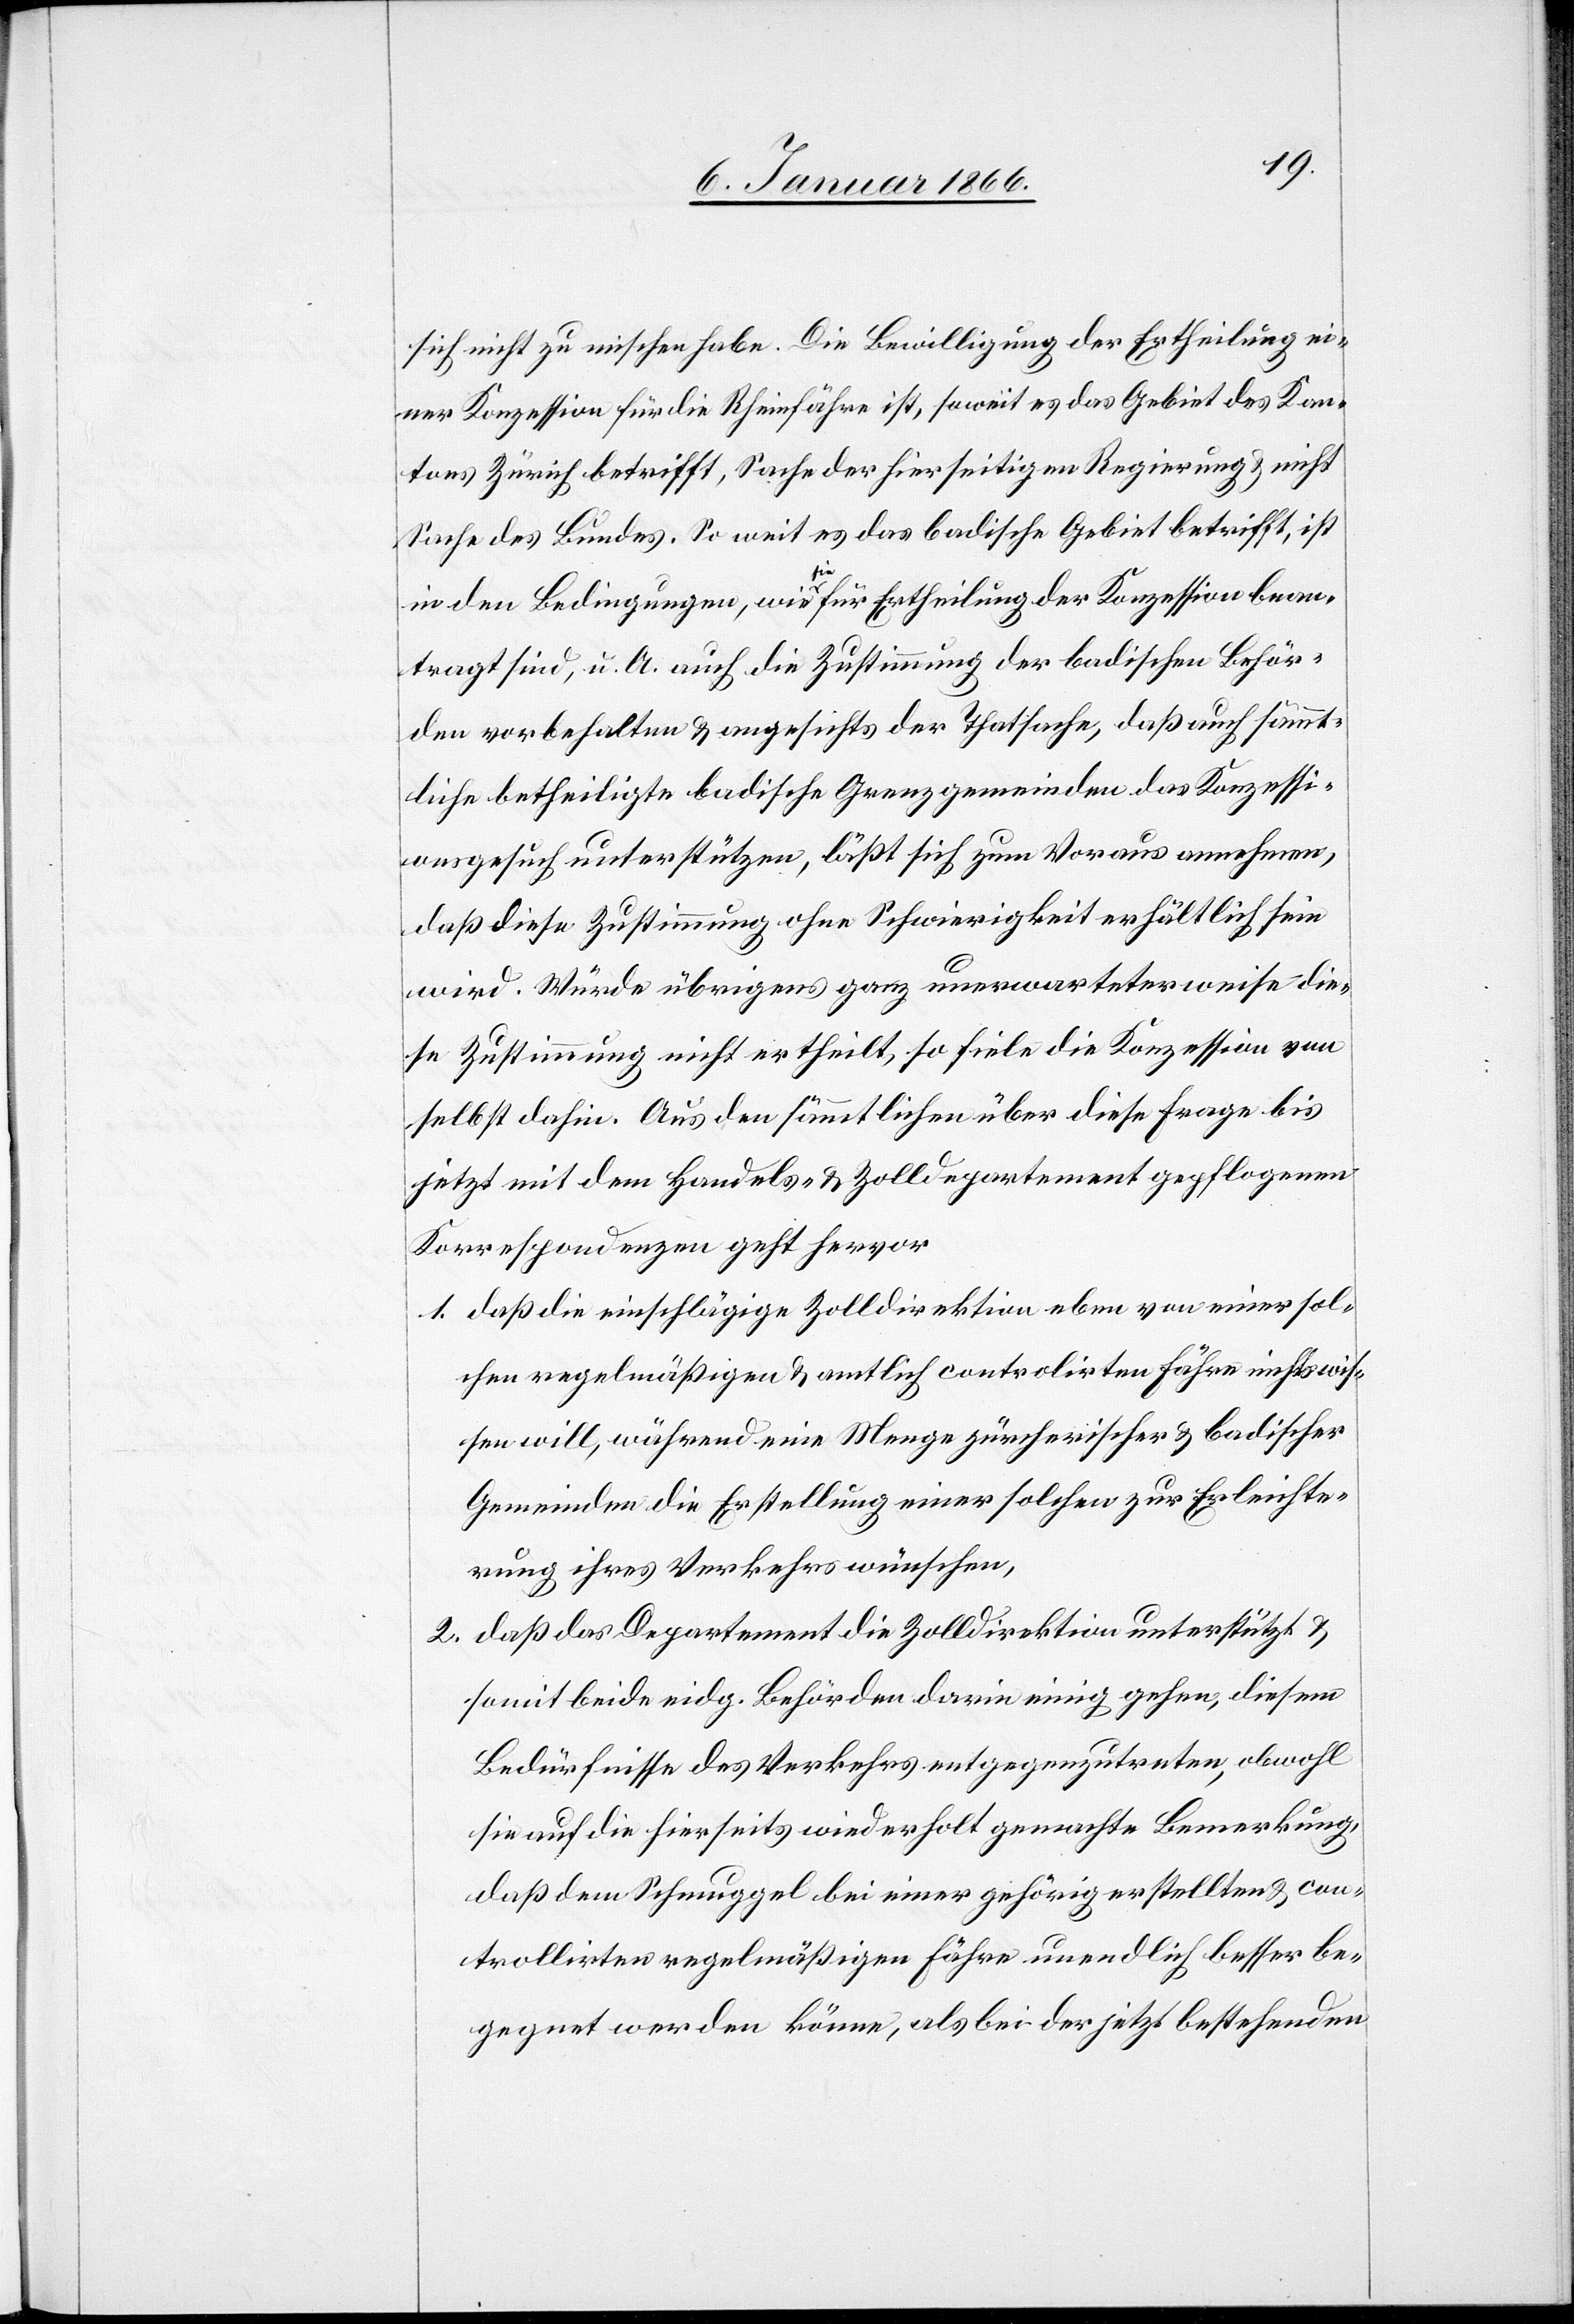
sich nicht zu mischen habe. Die Bewilligung der Ertheilung ei¬
ner Konzession für die Rheinfähre ist, soweit es das Gebiet des Kan¬
tons Zürich betrifft, Sache der hierseitigen Regierung u. nicht
Sache des Bundes. So weit es das badische Gebiet betrifft, ist
in den Bedingungen, wie sie für Ertheilung der Konzession bean¬
tragt sind, u. A. auch die Zustimmung der badischen Behör¬
den vorbehalten u. angesichts der Thatsache, daß auch sämmt¬
liche betheiligte badische Grenzgemeinden das Konzessi¬
onsgesuch unterstützen, läßt sich zum Voraus annehmen,
daß diese Zustimmung ohne Schwierigkeit erhältlich sein
wird. Würde übrigens ganz unerwarteterweise die¬
se Zustimmung nicht ertheilt, so fiele die Konzession von
selbst dahin. Aus den sämmtlichen über diese Frage bis
jetzt mit dem Handels- & Zolldepartement gepflogenen
Korrespondenzen geht hervor
1. daß die einschlägige Zolldirektion eben von einer sol¬
chen regelmäßigen u. amtlich controlirten Fähre nichts wis¬
sen will, während eine Menge zürcherischer u. badischer
Gemeinden die Erstellung einer solchen zur Erleichte¬
rung ihres Verkehrs wünschen,
2. daß das Departement die Zolldirektion unterstützt u.
somit beide eidg. Behörden darin einig gehen, diesem
Bedürfnisse des Verkehrs entgegenzutreten, obwohl
sie auf die hierseits wiederholt gemachte Bemerkung,
daß dem Schmuggel bei einer gehörig erstellten u. con¬
trollirten regelmäßigen Fähre unendlich besser be¬
gegnet werden könne, als bei der jetzt bestehenden